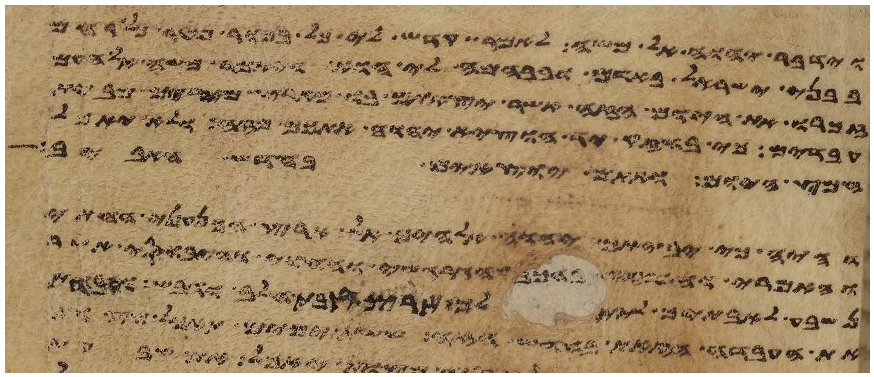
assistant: וידבר יהוה אל משה לאמר קדש לי כל בכור פטר כל רחם
בבני ישראל באדם ובבהמה לי הוא ויאמר משה אל העם
זכרו את היום הזה אשר יצאתם בו מארץ מצרים מבית
עבדים כי בחזק יד הוציא יהוה אתכם מזה ולא
חמץ היום ואתם יוצאים בחדש האביב
והיה כי יביאך יהוה אלהיך אל ארץ הכנעני החתי
והאמרי והפרזי והגרגשי והחוי והיבוסי אשר
נשבע לאבתיך לתת לך ארץ זבת חלב ודבש ועבדת
את העבדה הזאת בחדש הזה ששת ימים תאכל מצות